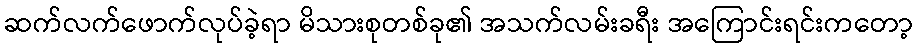
ဆက်လက်ဖောက်လုပ်ခဲ့ရာ မိသားစုတစ်ခု၏ အသက်လမ်းခရီး အကြောင်းရင်းကတော့